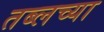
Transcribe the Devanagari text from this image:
तब्लच्या